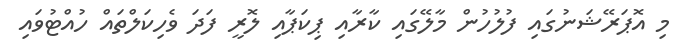
މި އޮޕަރޭޝަނުގައި ފުލުހުން މާލޭގައި ކާރާއި ޕިކަޕާއި ލޮރީ ފަދަ ވެހިކަލްތައް ހުއްޓުވައި